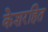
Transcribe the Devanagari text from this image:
केशरहित